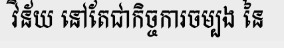
វិន័យ នៅតែជាកិច្ចការចម្បង នៃ